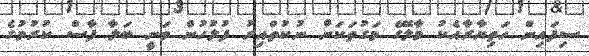
ސިފައިން ހަތިޔާރާއެކު މާލޭގެ މަގުތަކަށް ނުކުތްއިރު ފުލުހުން ވަނީ ބަލާ ފާސް ކުރުމުގެ